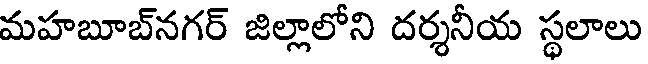
మహబూబ్నగర్ జిల్లాలోని దర్శనీయ స్థలాలు